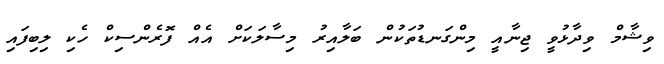
ވިޝާމް ވިދާޅުވީ ޖިނާއީ މިންގަނޑުތަކުން ބަލާއިރު މިސާލަކަށް އެއް ފޮރެންސިކް ހެކި ލިބިފައި